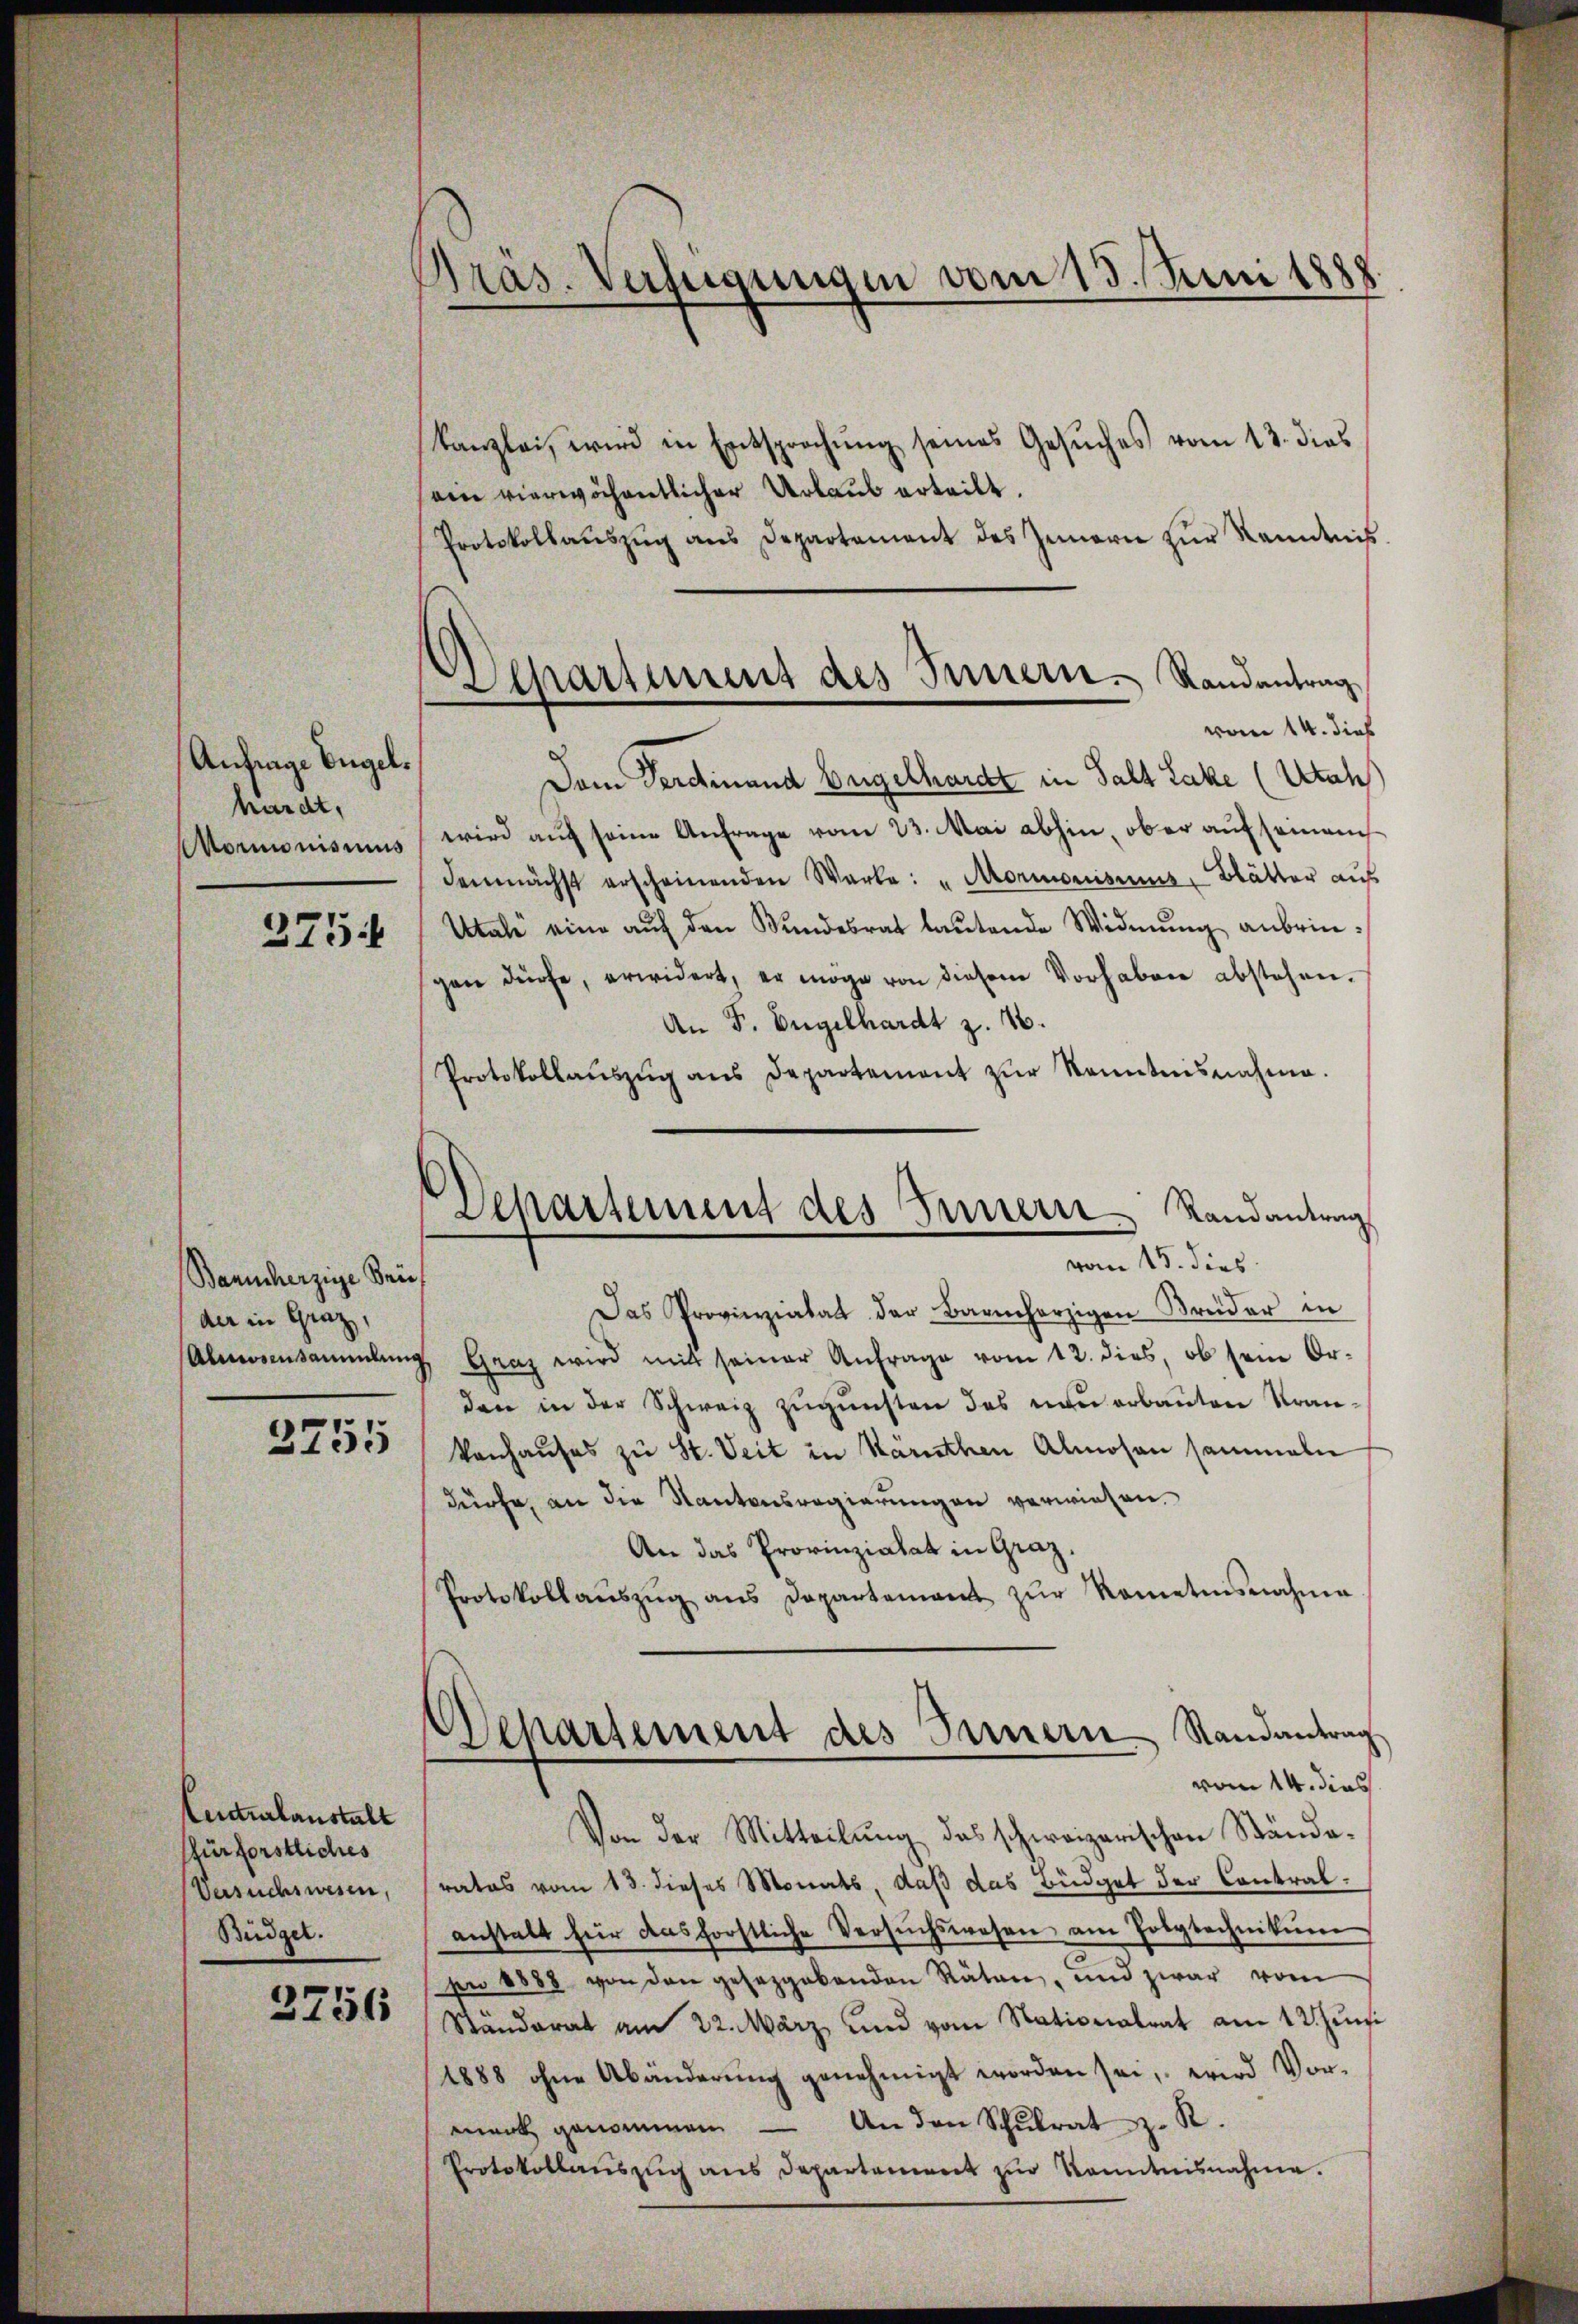
Anfrage Engel.
hardt,
Mormonismus
275

Banncherzige Brie
der in Graz,
3755

Centralanstalt
ffürforstliches
Versuchswesen,
Büdger.

3756

Präs. Verfügungen vom 15. Juni 1888.

Departement des Innern. Randantrag

Departement des Innerer Randantrag
vom 15. dies

kanzlei, wird in Entsprochŭng seines Gesŭches vom 13. dies
ein vierwöchentlicher Urlaub erteilt.
Protokollauszug aus Departement des Innern zur Kenntniß
vom 14. dies
Dem Ferdinand Bergelhardt in Salt Lake (Utahs
wird auf seine Anfrage vom 23. Mai abhin, ob er auf seinem
demnächst erscheinenden Warte: "Mormonismus, Blätter aŭf
Utale eine auf den Bundesrat lautende Widmung anbringen dürfe, erwidert, er möge von diesem Vorhaben abstehen.
An F. Engelhardt z. 16.
Protokollaŭszŭg ans Departement zŭr Kenntnisnahme.
Das Provierziatat der Barmherzigen Brüder in
Abeinsammlung Graz wird mit seiner Anfrage vom 12. dies, ob sein Or-
den in der Schweiz zugunsten das neu erbauten Krankonhaŭses zu St. Veit in Kärnthen Almosen sammeln
dürfe, an die Kantonsregierungen verwiesen.
An das Provinziatat in Graz.
Protokollaŭszŭg ans Departement zŭr Rometisnahme
Departement des Innern Randantrag
vom 14. dies
Von der Mitteilung des schweizerischen Stände-
rates vom 13. dieses Monats, daß das Büdget der Contralanstalt für dasförstliche Versuchswesen am Polytechnikum
pr 1888 von den gesetzgebenden Räten, und zwar vom
Ständerat am 22. März und vom Nationalrat am 12. Juni
1888 ohne Abänderŭng genehmigt worden sei, wird Vor-
menk genommen. — An den Schŭlrat d. R.
Protokollauszug aus Departament zur Kenntnisnahme.